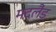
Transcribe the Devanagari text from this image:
मदलैंड